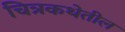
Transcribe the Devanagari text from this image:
चित्रकथेतील